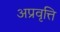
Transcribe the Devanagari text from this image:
अप्रवृत्ति